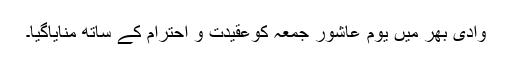
وادی بھر میں یوم عاشور جمعہ کوعقیدت و احترام کے ساتھ منایاگیا۔